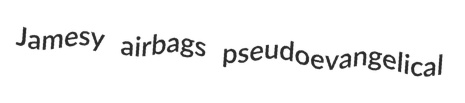
Jamesy airbags pseudoevangelical